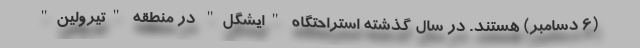
(6 دسامبر) هستند. در سال گذشته استراحتگاه "ایشگل" در منطقه "تیرولین"